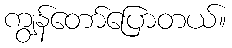
ကျွန်တော်ပြောတယ်။